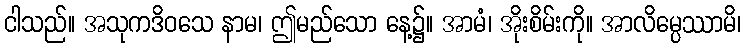
ငါသည်။ အသုကဒိဝသေ နာမ၊ ဤမည်သော နေ့၌။ အာမံ၊ အိုးစိမ်းကို။ အာလိမ္ပေဿာမိ၊